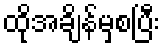
ထိုအချိန်မှစပြီး